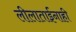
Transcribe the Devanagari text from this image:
लीलाताईंनाही